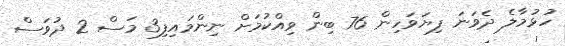
ހުޅުމާލެ ދެވަނަ ފިޔަވަހިން 76 ބިން ވިއްކުމަށް ނިންމައިފި3 މަސް 2 ދުވަސް